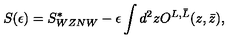
S ( \epsilon ) = S _ { W Z N W } ^ { * } - \epsilon \int d ^ { 2 } z O ^ { L , \bar { L } } ( z , \bar { z } ) ,